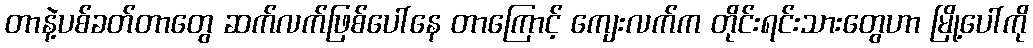
တာနဲ့ပစ်ခတ်တာတွေ ဆက်လက်ဖြစ်ပေါ်နေ တာကြောင့် ကျေးလက်က တိုင်းရင်းသားတွေဟာ မြို့ပေါ်ကို